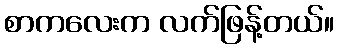
စာကလေးက လက်ဖြန့်တယ်။